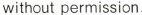
without permission.